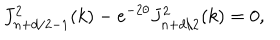
LaTeX: J _ { n + d / 2 - 1 } ^ { 2 } ( k ) - e ^ { - 2 \theta } J _ { n + d / 2 } ^ { 2 } ( k ) = 0 ,